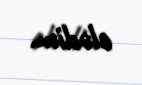
elədim.